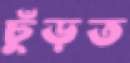
ঢুঁড়ত